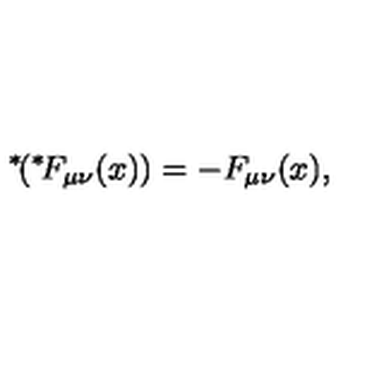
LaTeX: \mathrm { \mathrm { } ^ * \! } ( \mathrm { \mathrm { } ^ * \! } F _ { \mu \nu } ( x ) ) = - F _ { \mu \nu } ( x ) ,